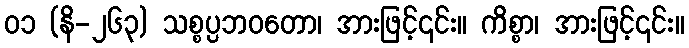
၀၁ (နိ-၂၆၃) သစ္စပ္ပဘဝတော၊ အားဖြင့်၎င်း။ ကိစ္စာ၊ အားဖြင့်၎င်း။